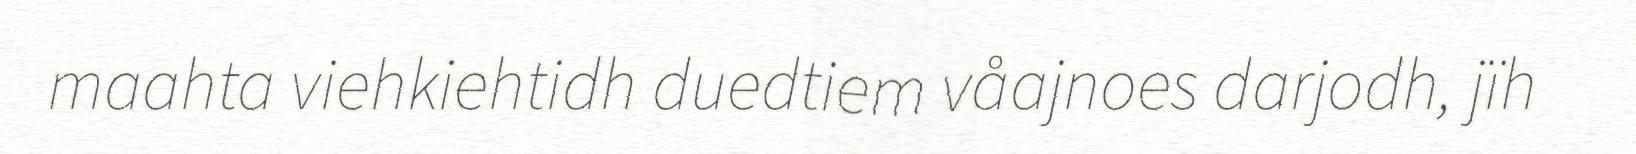
maahta viehkiehtidh duedtiem våajnoes darjodh, jïh